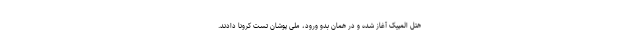
هتل المپیک آغاز شده و در همان بدو ورود، ملی پوشان تست کرونا دادند.